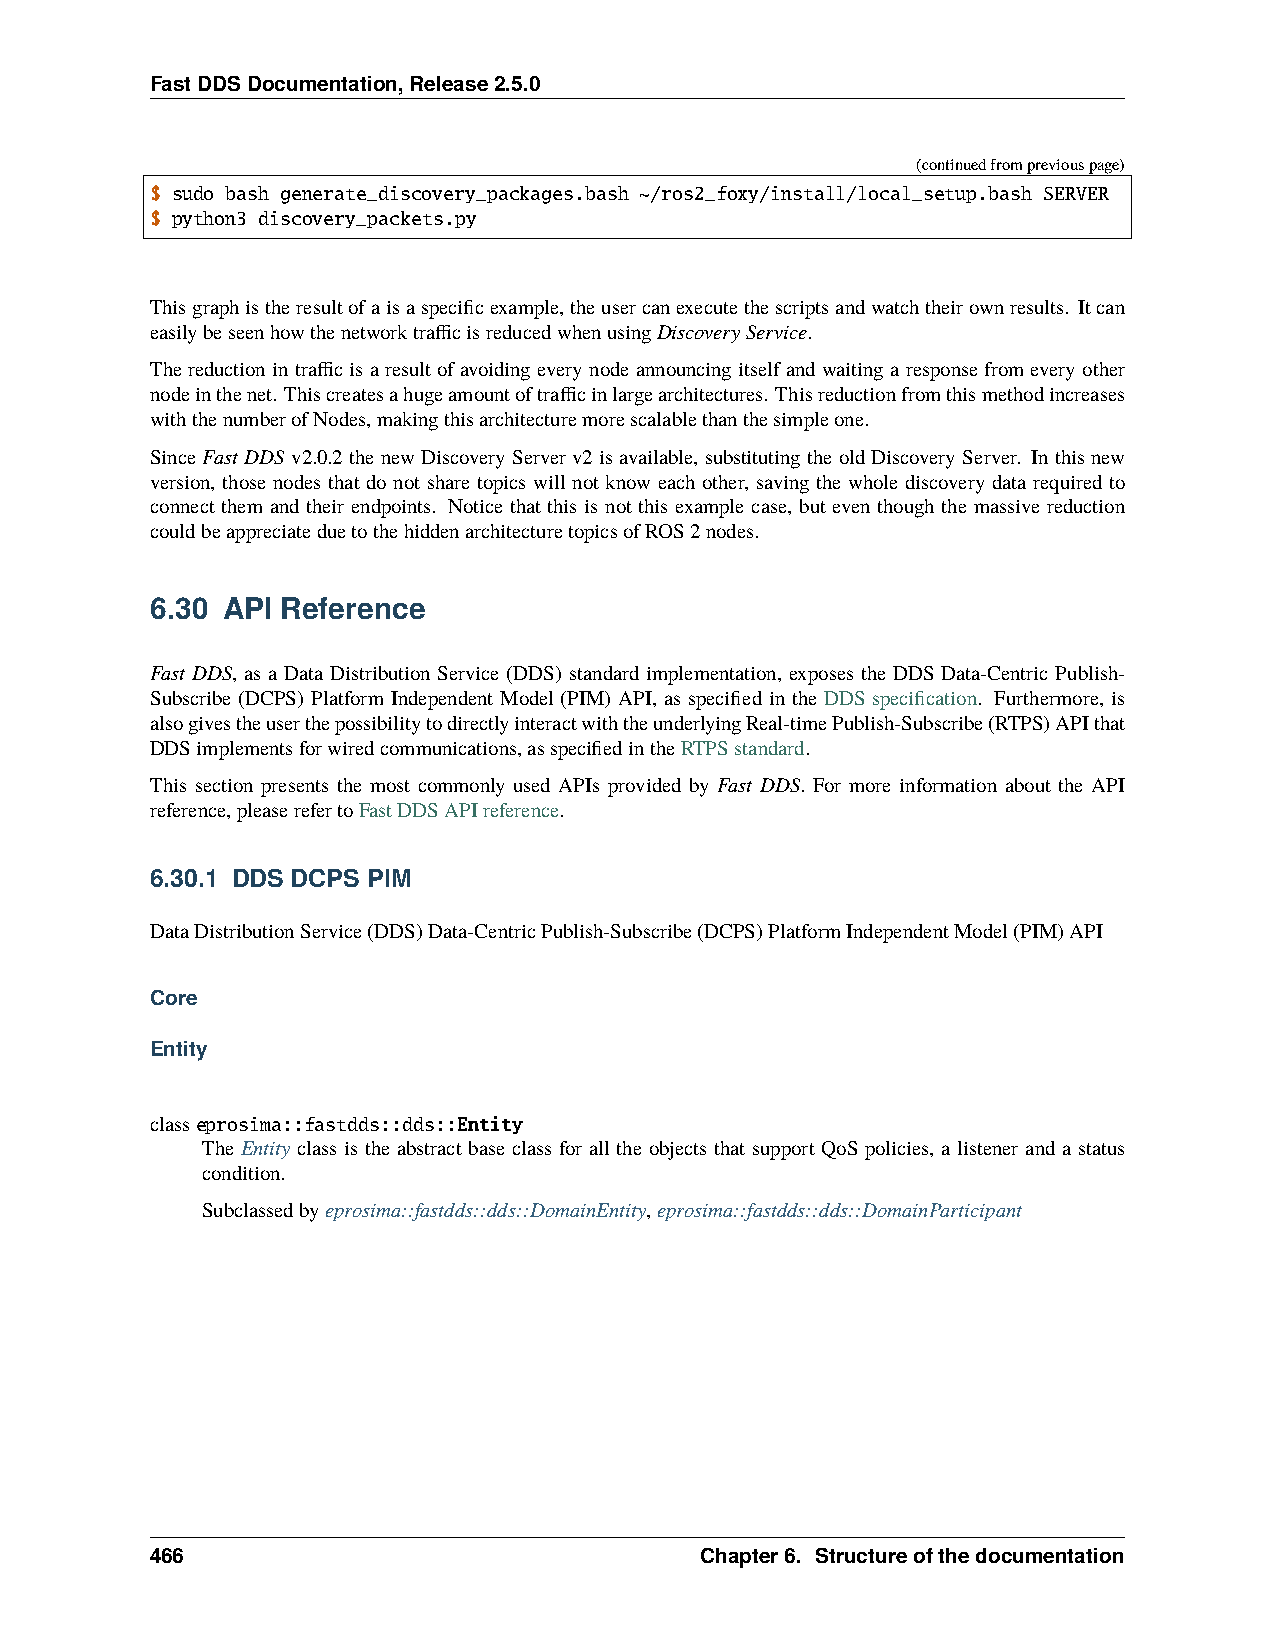
FastDDSDocumentation,Release2.5.0
 (continuedfrompreviouspage)
 $ sudo bash generate_discovery_packages.bash ~/ros2_foxy/install/local_setup.bash SERVER
 $ python3 discovery_packets.py
 Thisgraphistheresultofaisaspecificexample,theusercanexecutethescriptsandwatchtheirownresults. Itcan
 easilybeseenhowthenetworktrafficisreducedwhenusingDiscoveryService.
 Thereductionintrafficisaresultofavoidingeverynodeannouncingitselfandwaitingaresponsefromeveryother
 nodeinthenet. Thiscreatesahugeamountoftrafficinlargearchitectures. Thisreductionfromthismethodincreases
 withthenumberofNodes,makingthisarchitecturemorescalablethanthesimpleone.
 Since Fast DDS v2.0.2 the new Discovery Server v2 is available, substituting the old Discovery Server. In this new
 version, those nodes that do not share topics will not know each other, saving the whole discovery data required to
 connect them and their endpoints. Notice that this is not this example case, but even though the massive reduction
 couldbeappreciateduetothehiddenarchitecturetopicsofROS2nodes.
 6.30 API Reference
 Fast DDS, as a Data Distribution Service (DDS) standard implementation, exposes the DDS Data-Centric Publish-
 Subscribe (DCPS) Platform Independent Model (PIM) API, as specified in the DDS specification. Furthermore, is
 alsogivestheuserthepossibilitytodirectlyinteractwiththeunderlyingReal-timePublish-Subscribe(RTPS)APIthat
 DDSimplementsforwiredcommunications,asspecifiedintheRTPSstandard.
 This section presents the most commonly used APIs provided by Fast DDS. For more information about the API
 reference,pleaserefertoFastDDSAPIreference.
 6.30.1 DDS DCPS PIM
 DataDistributionService(DDS)Data-CentricPublish-Subscribe(DCPS)PlatformIndependentModel(PIM)API
 Core
 Entity
 classeprosima::fastdds::dds::Entity
 The Entity class is the abstract base class for all the objects that support QoS policies, a listener and a status
 condition.
 Subclassedbyeprosima::fastdds::dds::DomainEntity,eprosima::fastdds::dds::DomainParticipant
 466                                 Chapter6. Structureofthedocumentation